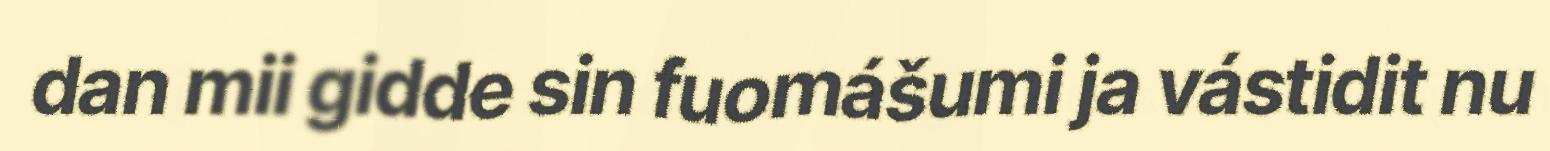
dan mii gidde sin fuomášumi ja vástidit nu